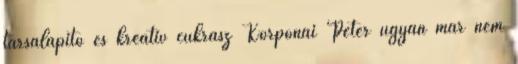
társalapító és kreatív cukrász Korponai Péter ugyan már nem